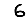
Digit: 6